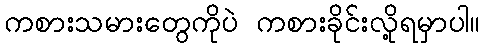
ကစားသမားတွေကိုပဲ ကစားခိုင်းလို့ရမှာပါ။